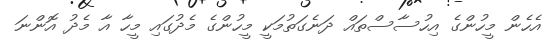
އެހެން މީހުންގެ އިހުސާސްތައް ދަނެގަތުމަކީ މީހުންގެ މެދުގައި މީހާ އާ މެދު އޮންނަ